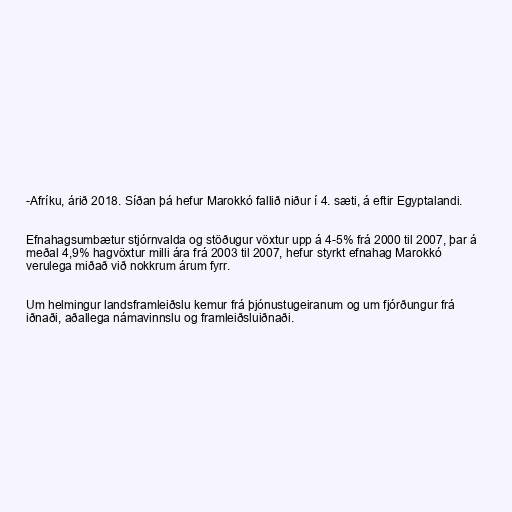
-Afríku, árið 2018. Síðan þá hefur Marokkó fallið niður í 4. sæti, á eftir Egyptalandi.

Efnahagsumbætur stjórnvalda og stöðugur vöxtur upp á 4-5% frá 2000 til 2007, þar á
meðal 4,9% hagvöxtur milli ára frá 2003 til 2007, hefur styrkt efnahag Marokkó
verulega miðað við nokkrum árum fyrr.

Um helmingur landsframleiðslu kemur frá þjónustugeiranum og um fjórðungur frá
iðnaði, aðallega námavinnslu og framleiðsluiðnaði.